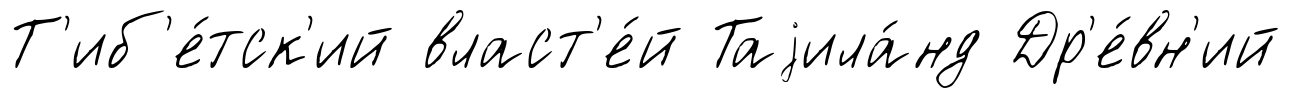
Т'иб'е́тск'ий власт'е́й Таjила́нд Др'е́вн'ий